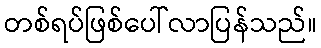
တစ်ရပ်ဖြစ်ပေါ်လာပြန်သည်။